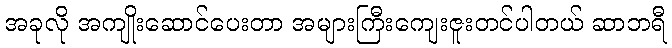
အခုလို အကျိုးဆောင်ပေးတာ အများကြီးကျေးဇူးတင်ပါတယ် ဆာဘရီ